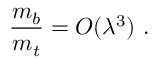
{ \frac { m _ { b } } { m _ { t } } } = { \cal O } ( \lambda ^ { 3 } ) \ .